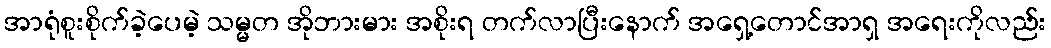
အာရုံစူးစိုက်ခဲ့ပေမဲ့ သမ္မတ အိုဘားမား အစိုးရ တက်လာပြီးနောက် အရှေ့တောင်အာရှ အရေးကိုလည်း